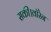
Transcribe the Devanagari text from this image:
सकी।वॉरेन